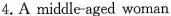
4.A middle-aged woman